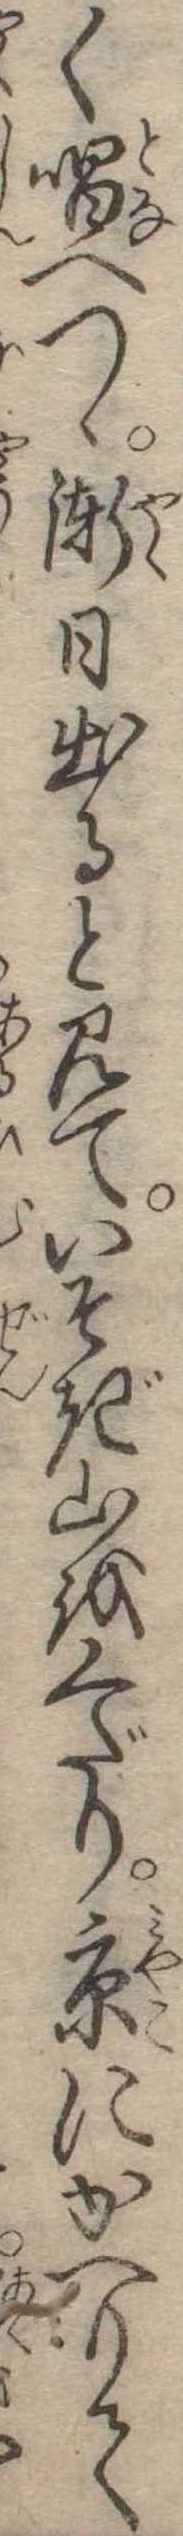
く唱へつゝ漸日出ると見ていそぎ山をくだり京にかへりて